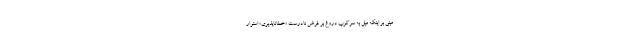
مبنی بر اینکه میل به سرکوبِ دروغ بر فرض نادرستِ «خطاناپذیری» استوار